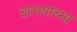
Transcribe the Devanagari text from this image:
दस्त्याच्या